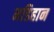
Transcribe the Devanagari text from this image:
मडिहान